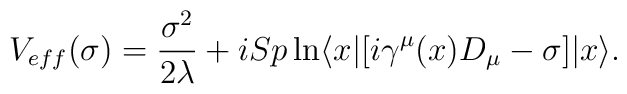
V_{eff}(\sigma)={\sigma^2 \over 2\lambda }+i Sp \ln\langle x| [ i\gamma^\mu (x)D_\mu -\sigma] |x \rangle.